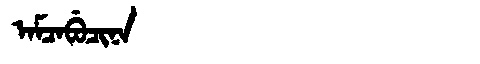
Manchu: ᠠᠮᠴᠠᠪᡠᠴᡳᠨᠠ
Romanization: AMCABUCINA